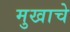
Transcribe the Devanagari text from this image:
मुखाचे